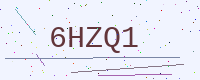
Text: 6HZQ1